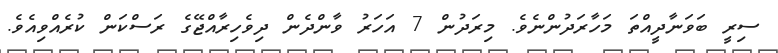
ސިރީ ބަވަނާދީއްތަ މަހާރަދުންނެވެ. މިރަދުން 7 އަހަރު ވާންދެން ދިވެހިރާއްޖޭގެ ރަސްކަން ކުރެއްވިއެވެ.